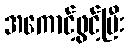
အကောင့်ဖွင့်ပြီး